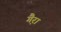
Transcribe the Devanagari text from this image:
गै़रा